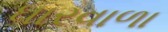
ધારવાળા